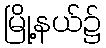
မြို့နယ်၌